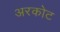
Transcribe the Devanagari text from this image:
अरकोट